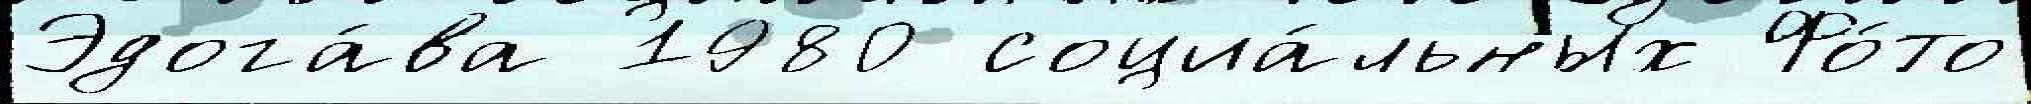
Эдога́ва 1980 социа́льных Фо́то